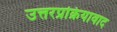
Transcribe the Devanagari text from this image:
उत्तरप्रक्रियावाद